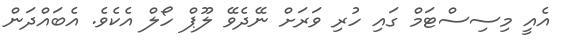
އެއީ މިސިސްޓަމް ގައި ހުރި ވަރަށް ނޭދެވޭ ލޫޕް ހޯލް އެކެވެ. އެބައްދަން